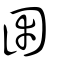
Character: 圉